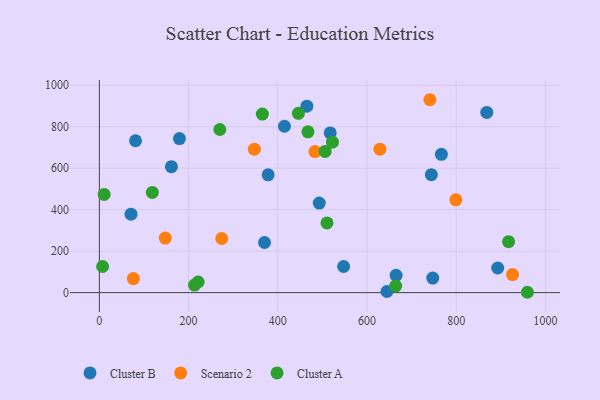
{"axis": {"x": "Ad Spend", "y": "Yield"}, "legend": ["Cluster A", "Cluster B", "Scenario 2"], "data": [{"x": "492.9", "y": 431.8, "type": "Cluster B"}, {"x": "161.5", "y": 607.2, "type": "Cluster B"}, {"x": "414.9", "y": 802.1, "type": "Cluster B"}, {"x": "70.9", "y": 378.0, "type": "Cluster B"}, {"x": "179.5", "y": 742.6, "type": "Cluster B"}, {"x": "868.4", "y": 868.8, "type": "Cluster B"}, {"x": "744.2", "y": 568.7, "type": "Cluster B"}, {"x": "370.2", "y": 241.6, "type": "Cluster B"}, {"x": "644.6", "y": 5.5, "type": "Cluster B"}, {"x": "665.1", "y": 83.3, "type": "Cluster B"}, {"x": "892.9", "y": 118.8, "type": "Cluster B"}, {"x": "517.4", "y": 769.8, "type": "Cluster B"}, {"x": "378.3", "y": 568.0, "type": "Cluster B"}, {"x": "465.1", "y": 899.1, "type": "Cluster B"}, {"x": "766.7", "y": 667.0, "type": "Cluster B"}, {"x": "81.1", "y": 732.1, "type": "Cluster B"}, {"x": "747.3", "y": 70.1, "type": "Cluster B"}, {"x": "547.5", "y": 125.9, "type": "Cluster B"}, {"x": "926.1", "y": 86.8, "type": "Scenario 2"}, {"x": "76.2", "y": 67.7, "type": "Scenario 2"}, {"x": "483.3", "y": 680.2, "type": "Scenario 2"}, {"x": "347.4", "y": 691.8, "type": "Scenario 2"}, {"x": "274.3", "y": 260.9, "type": "Scenario 2"}, {"x": "628.9", "y": 691.5, "type": "Scenario 2"}, {"x": "147.7", "y": 262.9, "type": "Scenario 2"}, {"x": "799.1", "y": 447.5, "type": "Scenario 2"}, {"x": "740.9", "y": 930.0, "type": "Scenario 2"}, {"x": "221.4", "y": 51.3, "type": "Cluster A"}, {"x": "510.2", "y": 336.0, "type": "Cluster A"}, {"x": "522.5", "y": 725.4, "type": "Cluster A"}, {"x": "213.3", "y": 36.3, "type": "Cluster A"}, {"x": "959.4", "y": 1.7, "type": "Cluster A"}, {"x": "270.0", "y": 786.5, "type": "Cluster A"}, {"x": "917.3", "y": 245.5, "type": "Cluster A"}, {"x": "664.1", "y": 31.9, "type": "Cluster A"}, {"x": "467.5", "y": 775.4, "type": "Cluster A"}, {"x": "506.1", "y": 680.6, "type": "Cluster A"}, {"x": "118.7", "y": 483.3, "type": "Cluster A"}, {"x": "7.3", "y": 126.0, "type": "Cluster A"}, {"x": "10.7", "y": 473.4, "type": "Cluster A"}, {"x": "365.3", "y": 860.8, "type": "Cluster A"}, {"x": "446.2", "y": 864.2, "type": "Cluster A"}]}